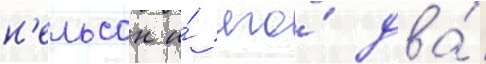
н'ельсон и́ его́ два́